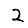
Digit: 2